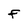
Character: F